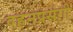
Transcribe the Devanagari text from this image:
दहनप्रसंगी